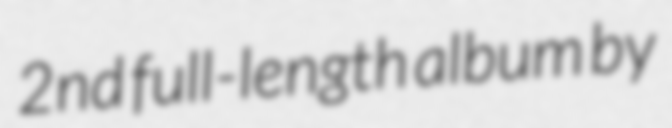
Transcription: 2nd full-length album by